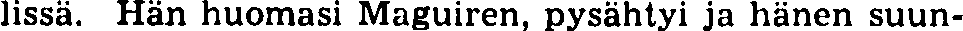
lissä. Hän huomasi Maguiren, pysähtyi ja hänen suun-